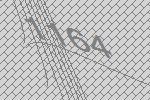
1164